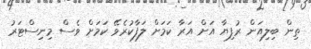
ތިން ބިލިއަން ރުފިޔާ އަށް އަރާ ކަމަށް ލަފާކުރެވޭ ކަމަށް ވެސް މިނިސްޓަރު